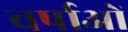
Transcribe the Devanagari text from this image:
वर्षाओं